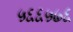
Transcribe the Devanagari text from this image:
५६६५७६